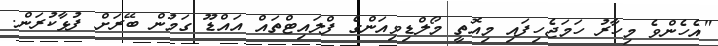
"އެހެންވެ މިހާރު ހަމަޖެހިފައި މިއޮތީ މޯލްޑިވިއަންގެ ފްލައިޓްތައް އައްޑޫ ގަމުން ބޭރަށް ފުޅާކުރަން.